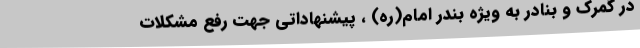
در گمرک و بنادر به ویژه بندر امام(ره) ، پیشنهاداتی جهت رفع مشکلات